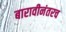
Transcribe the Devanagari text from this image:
बारावीनंतरच